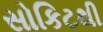
સોકિટથી